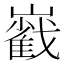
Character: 巀